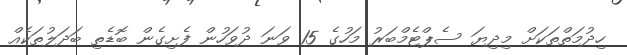
ހިދުމަތްތަކަށް މިދިޔަ ސެޕްޓެމްބަރު މަހުގެ 15 ވަނަ ދުވަހުން ފެށިގެން ބޮޑެތި ބަދަލުތަކެއް